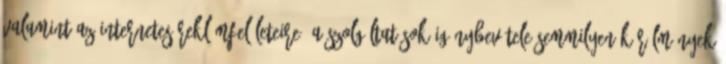
valamint az internetes reklámfelületeire. A szolgáltatások igénybevétele semmilyen körülmények